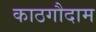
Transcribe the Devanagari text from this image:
काठगौदाम